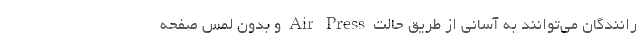
رانندگان می‌توانند به آسانی از طریق حالت Air Press و بدون لمس صفحه